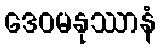
ဒေဝမနုဿာနံ